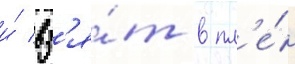
и́ вз'я́т в пл'е́н